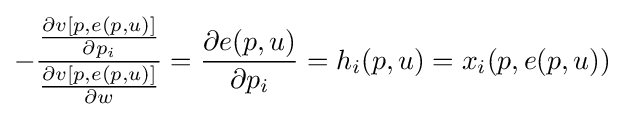
-{\frac {\frac {\partial v[p,e(p,u)]}{\partial p_{i}}}{\frac {\partial v[p,e(p,u)]}{\partial w}}}={\frac {\partial e(p,u)}{\partial p_{i}}}=h_{i}(p,u)=x_{i}(p,e(p,u))